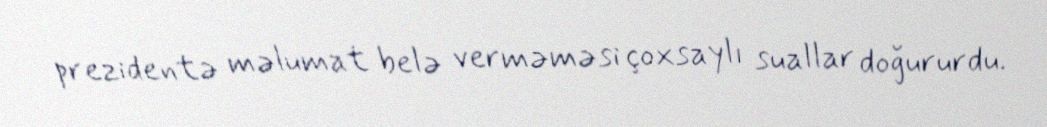
prezidentə məlumat belə verməməsi çoxsaylı suallar doğururdu.